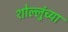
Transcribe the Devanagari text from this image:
शोल्लुंच्या